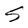
Character: S